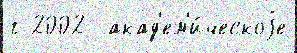
г 2002  акад'ем'и́ческоjе